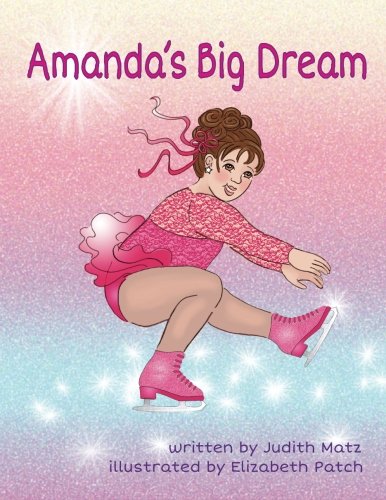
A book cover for Amanda's Big Dream; Judith Matz; Health, Fitness & Dieting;